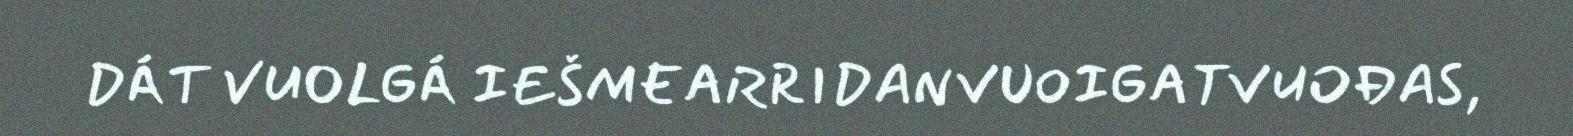
DÁT VUOLGÁ IEŠMEARRIDANVUOIGATVUOĐAS,